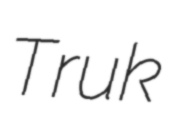
Truk